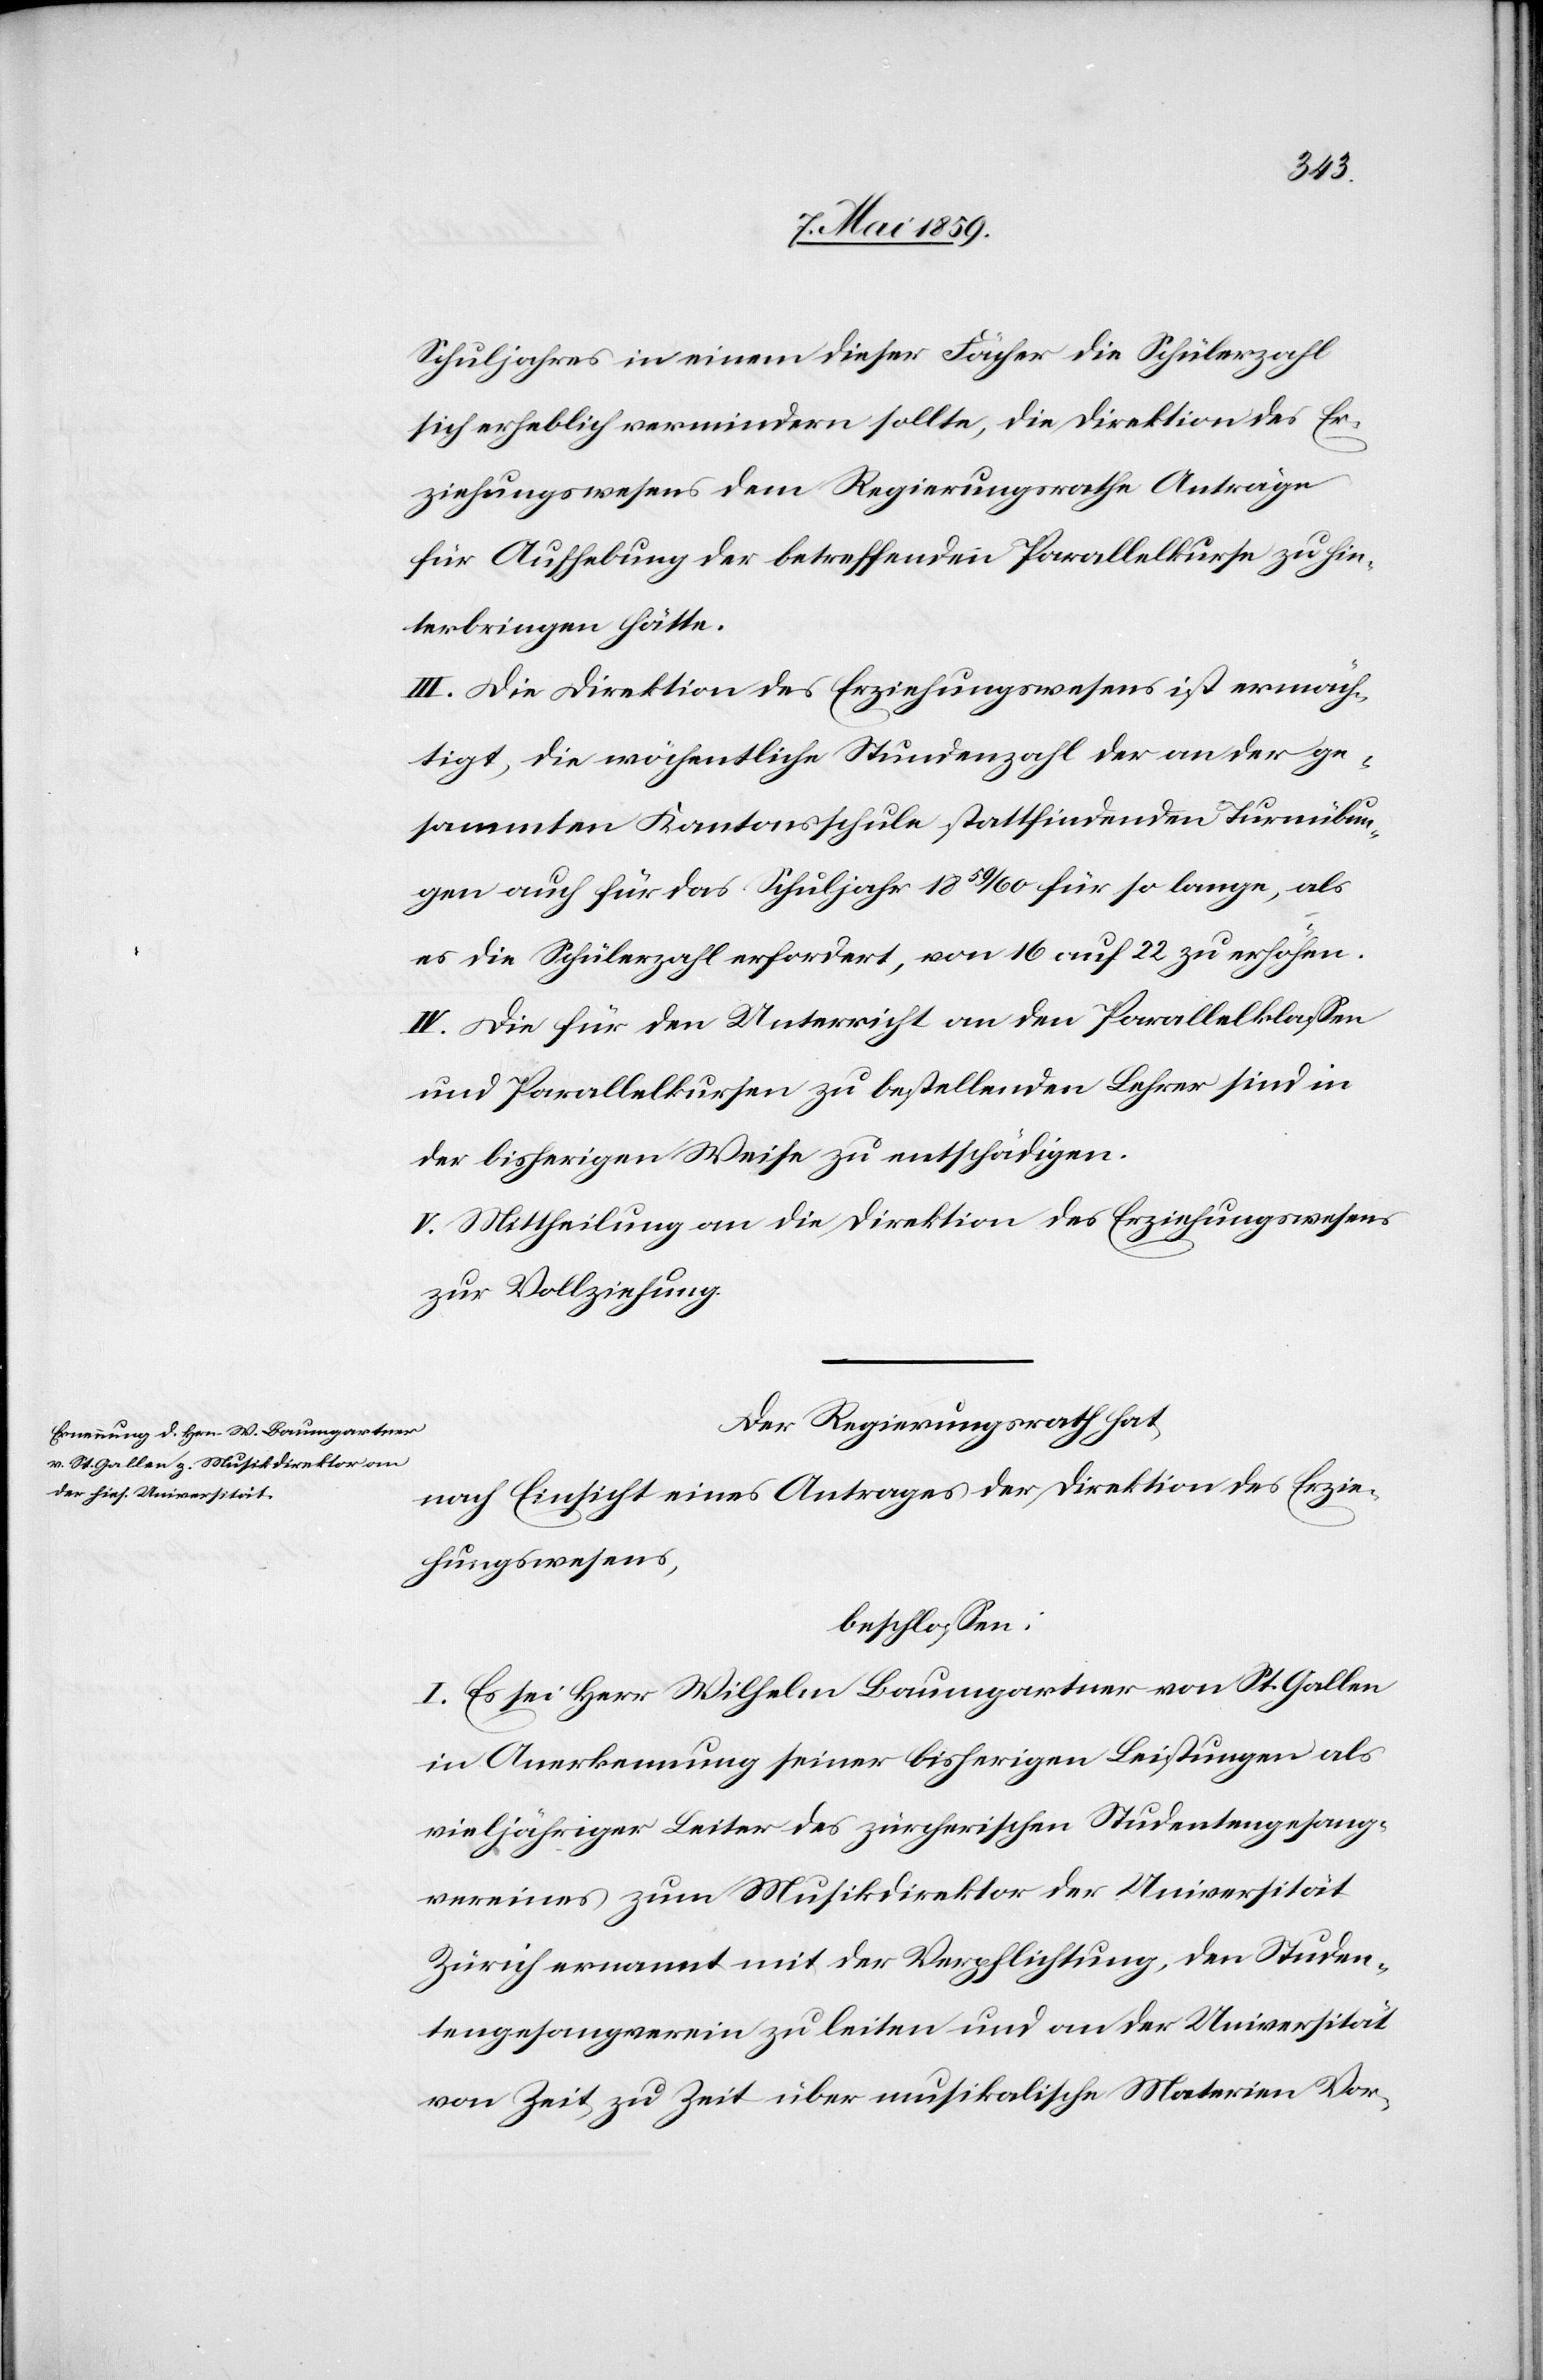
Schuljahres in einem dieser Fächer die Schülerzahl
sich erheblich vermindern sollte, die Direktion des Er¬
ziehungswesens dem Regierungsrath Anträge
für Aufhebung der betreffenden Parallelkurse zu hin¬
terbringen hätte.
III. Die Direktion des Erziehungswesens ist ermäch¬
tigt, die wöchentliche Stundenzahl der an der ge¬
sammten Kantonsschule stattfindenden Turnübun¬
gen auch für das Schuljahr 1859/60 für so lange, als
es die Schülerzahl erfordert, von 16 auf 22 zu erhöhen.
IV. Die für den Unterricht an den Parallelklaßen
und Parallelkursen zu bestellenden Lehrer sind in
der bisherigen Weise zu entschädigen.
V. Mittheilung an die Direktion des Erziehungswesens
zur Vollziehung.
Der Regierungsrath hat
nach Einsicht eines Antrages der Direktion des Erzie¬
hungswesens,
beschloßen:
I. Es sei Herr Wilhelm Baumgartner von St. Gallen
in Anerkennung seiner bisherigen Leistungen als
vieljähriger Leiter des zürcherischen Studentengesang¬
vereines zum Musikdirektor der Universität
Zürich ernannt mit der Verpflichtung, den Studen¬
tengesangverein zu leiten und an der Universität
von Zeit zu Zeit über musikalische Materien Vor-